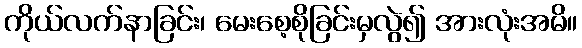
ကိုယ်လက်နာခြင်း၊ မေးစေ့စိုခြင်းမှလွဲ၍ အားလုံးအမိ။